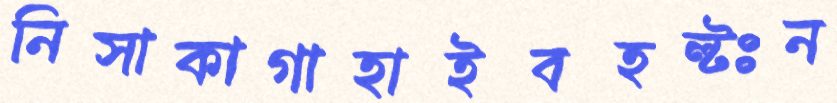
নিসাকাগাহাইবহল্টঃন